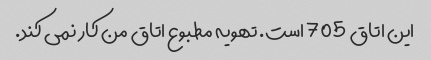
این اتاق 705 است. تهویه مطبوع اتاق من کار نمی کند.